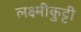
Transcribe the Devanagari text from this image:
लक्ष्मीकुट्टी